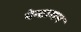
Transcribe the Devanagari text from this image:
पेन्टागन